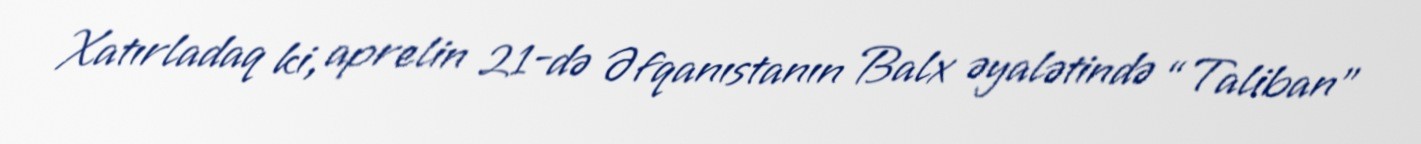
Xatırladaq ki, aprelin 21-də Əfqanıstanın Balx əyalətində “Taliban”